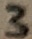
Text: 3